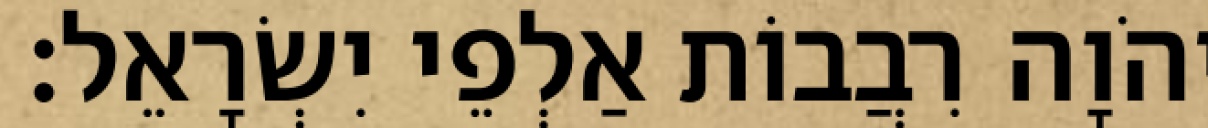
יְהֹוָה רִבֲבוֹת אַלְפֵי יִשְׂרָאֵל׃